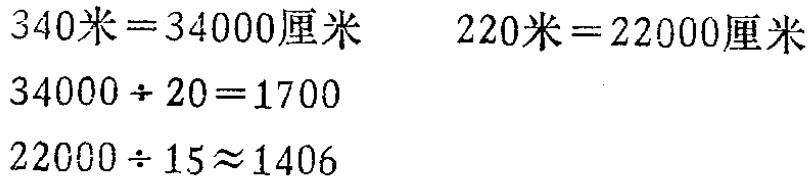
\[

\begin{align*}

340\text{米}& = 34000\text{厘米}\\

220\text{米}& = 22000\text{厘米}\\

34000\div20& = 1700\\

22000\div15&\approx1406

\end{align*}

\]